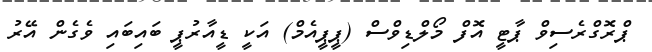
ޕްރޮގްރެސިވް ޕާޓީ އޮފް މޯލްޑިވްސް (ޕީޕީއެމް) އަކީ ޑީއާރުޕީ ބައިބައި ވެގެން އޭރު